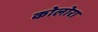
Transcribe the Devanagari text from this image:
कोलोरा